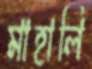
মাহালি